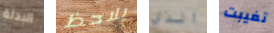
البدلة يلاحظ الذي تغيبت